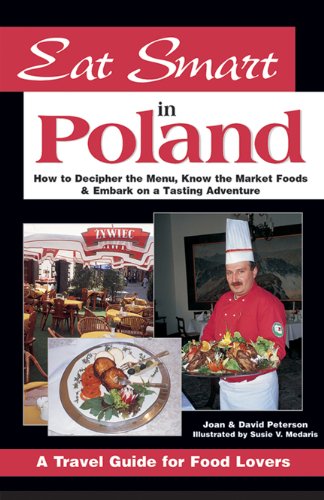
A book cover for Eat Smart in Poland: How to Decipher the Menu, Know the Market Foods & Embark on a Tasting Adventure (Eat Smart); Joan Peterson; Travel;